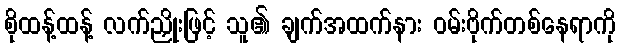
စိုထန့်ထန့် လက်ညှိုးဖြင့် သူ၏ ချက်အထက်နား ဝမ်းဗိုက်တစ်နေရာကို